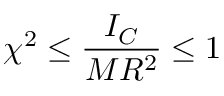
\chi ^ { 2 } \leq \frac { I _ { C } } { M R ^ { 2 } } \leq 1